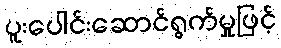
ပူးပေါင်းဆောင်ရွက်မှုဖြင့်